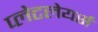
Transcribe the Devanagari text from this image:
प्लेटलेयर्स